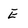
Character: E